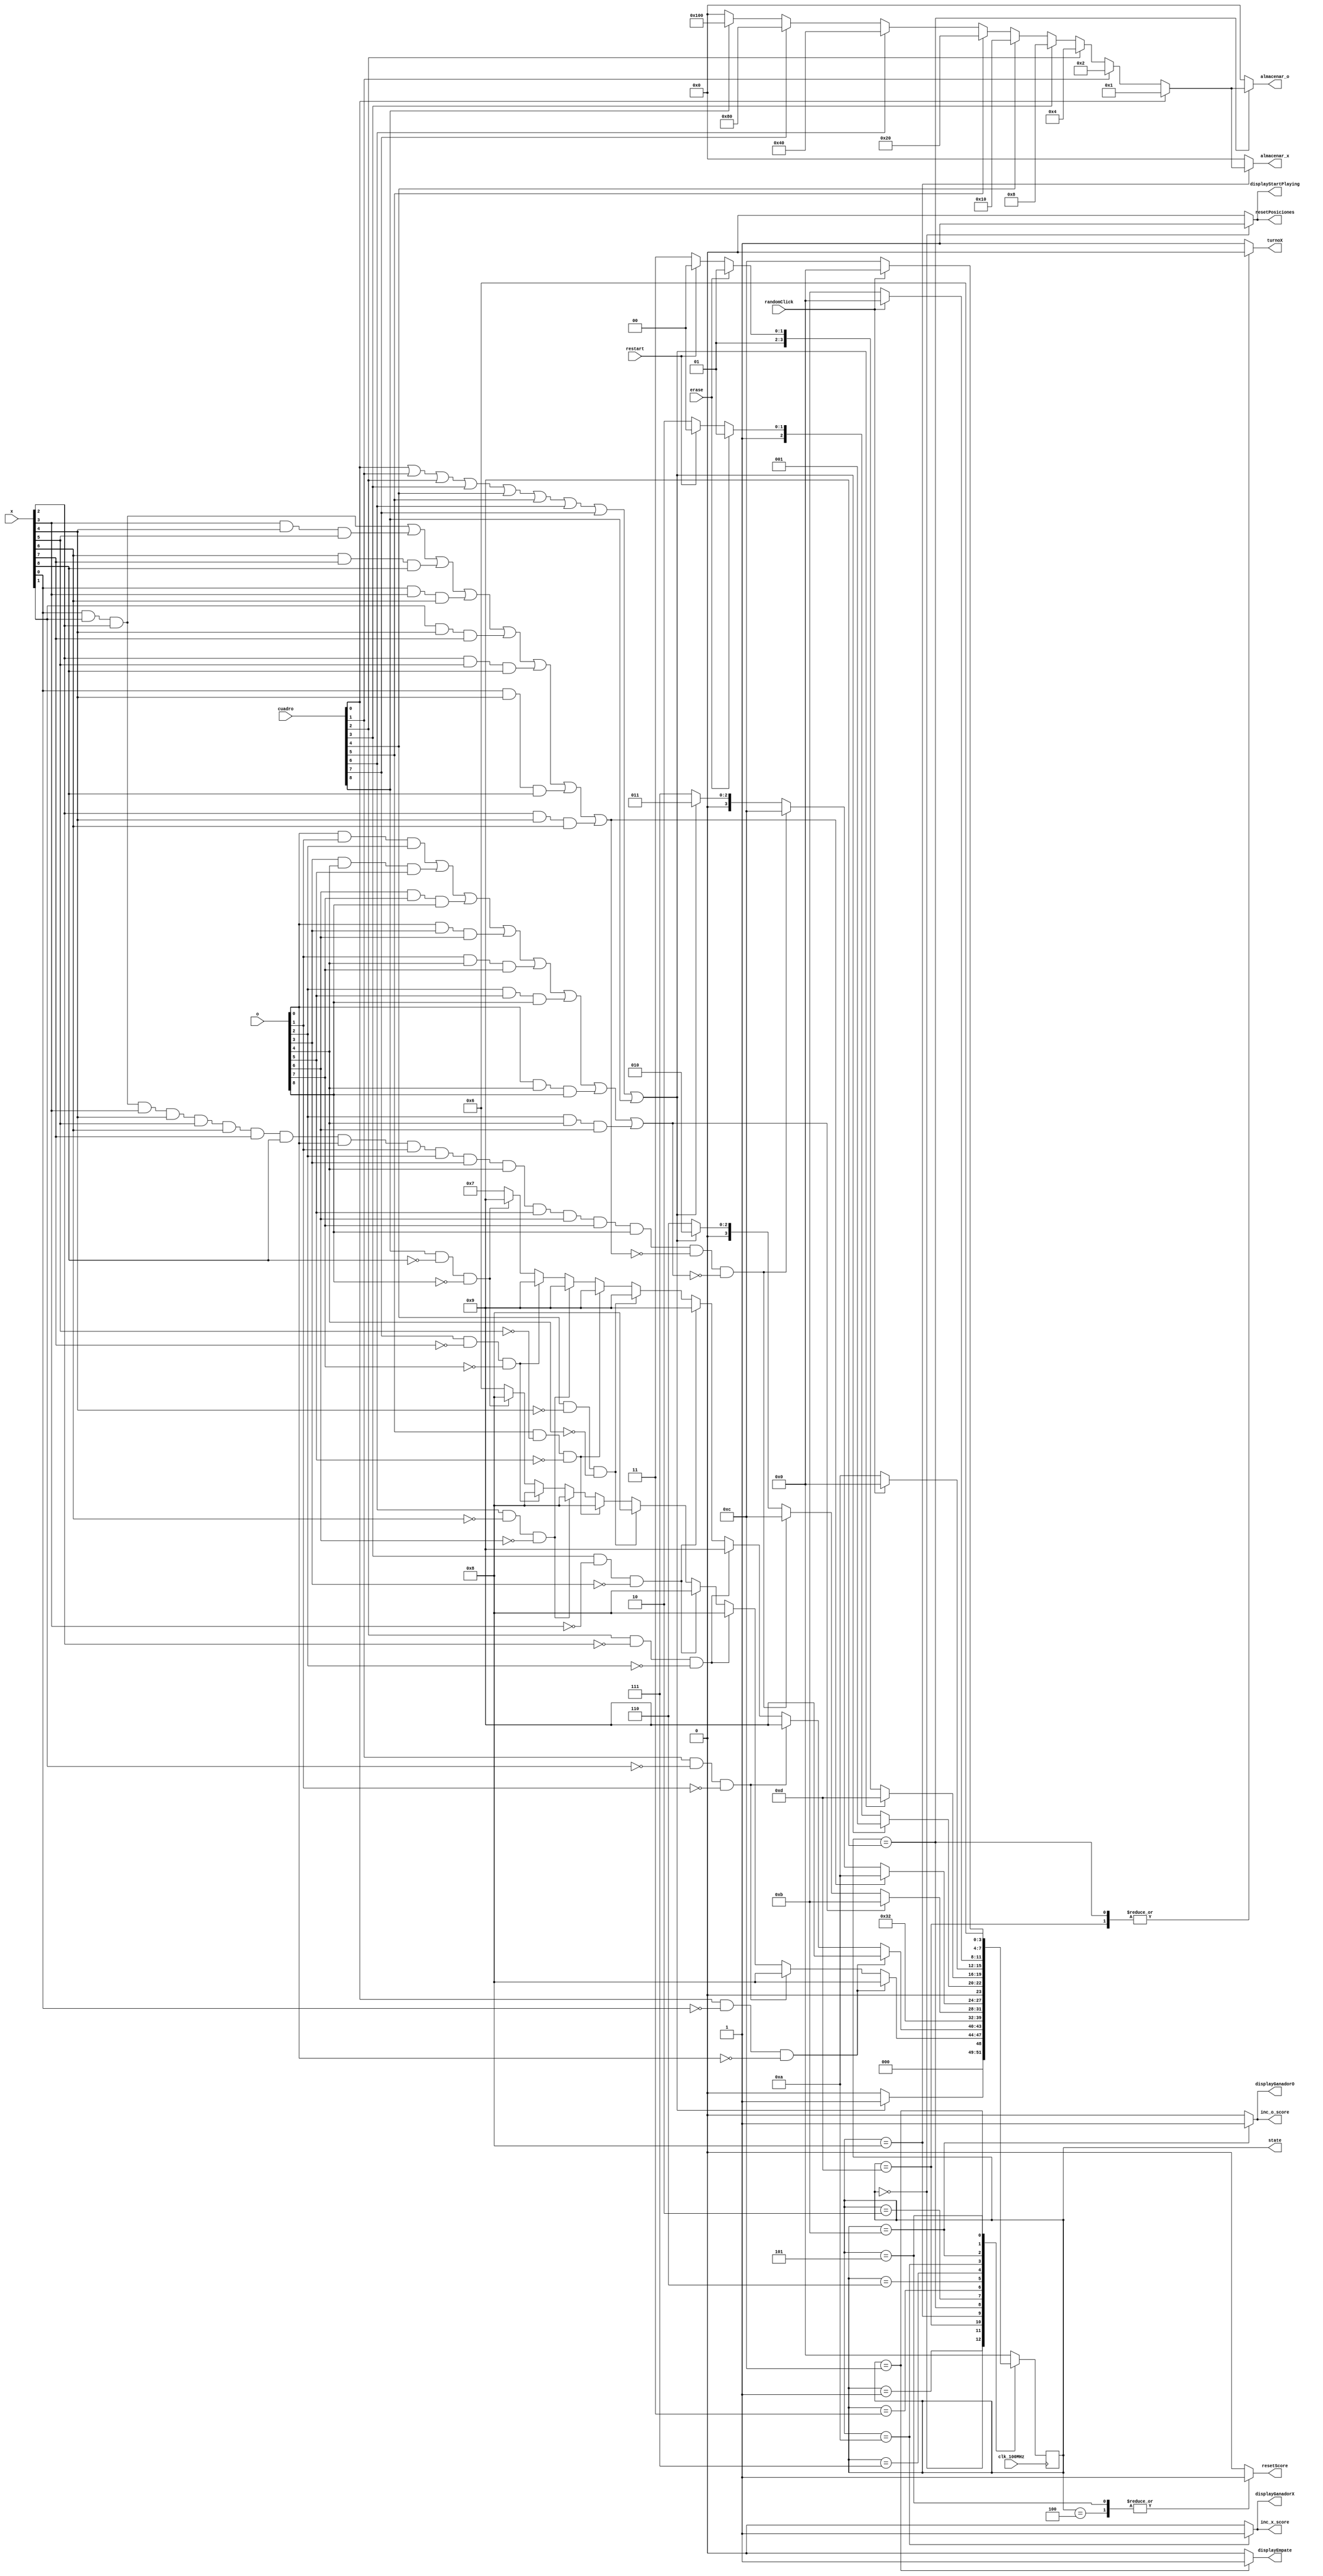
`timescale 1ns / 1ps
//////////////////////////////////////////////////////////////////////////////////
// Company: 
// Engineer: 
// 
// Design Name: 
// Module Name:    FinitStateMachine 
// Project Name: 
// Target Devices: 
// Tool versions: 
// Description: 
//
// Dependencies: 
//
// Revision: 
// Revision 0.01 - File Created
// Additional Comments: 
//
//////////////////////////////////////////////////////////////////////////////////
module EnigmaMachine(
		input clk_100MHz,        
		input [8:0]cuadro,
		input erase,
		input restart,  
		input randomClick,
		input [8:0]x,
		input [8:0]o,
		output reg [8:0]almacenar_x=0,
		output reg [8:0]almacenar_o=0,
		output reg resetScore=0,
		output reg inc_x_score=0,
		output reg inc_o_score=0, 
		output reg displayStartPlaying=0, 
		output reg displayGanadorX=0,
		output reg displayGanadorO=0,
		output reg displayEmpate=0,
		output reg turnoX = 1,
		output reg [3:0]state =0,
		output reg resetPosiciones
		
    );
	 
	
	 reg [3:0] nextState= 0;
	 //Estados disponibles de la maquina de estados con sus valores respectivos
	 localparam [3:0] inicio = 				4'b0000; //0
	 localparam [3:0] verposicion_x = 		4'b0001; //1
	 localparam [3:0] revisar_ganador_O = 	4'b0010; //2
	 localparam [3:0] revisar_ganador_X = 	4'b0011; //3
	 localparam [3:0] r = 						4'b0100; //4
	 localparam [3:0] e =						4'b0101; //5
	 localparam [3:0] retorno =			   4'b0110; //6
	 localparam [3:0] retorno2 =			   4'b0111; //7
	 localparam [3:0] asignar_x =			   4'b1000; //8
	 localparam [3:0] asignar_o =			   4'b1001; //9
	 localparam [3:0] ganador_x =			   4'b1010; //10
	 localparam [3:0] ganador_o =			   4'b1011; //11
	 localparam [3:0] empatando	 =			4'b1100; //12
	 localparam [3:0] verposicion_o = 		4'b1101; //13
	///condiciones
	//si hizo click en algun cuadrante
	wire click = cuadro[0]|cuadro[1]|cuadro[2]|cuadro[3]|cuadro[4]|
					cuadro[5]|cuadro[6]|cuadro[7]|cuadro[8];
	//gan jugador X
	wire GanoX= (x[0]&x[1]&x[2])|(x[3]&x[4]&x[5])|(x[6]&x[7]&x[8])|
					(x[0]&x[3]&x[6])|(x[1]&x[4]&x[7])|(x[2]&x[5]&x[8])|
					(x[0]&x[4]&x[8])|(x[2]&x[4]&x[6]);
	//gan jugador O				 
	wire GanoO= (o[0]&o[1]&o[2])|(o[3]&o[4]&o[5])|(o[6]&o[7]&o[8])|
					(o[0]&o[3]&o[6])|(o[1]&o[4]&o[7])|(o[2]&o[5]&o[8])|
					(o[0]&o[4]&o[8])|(o[2]&o[4]&o[6]);
	//revisa si hay empate				
	wire Empate = x[0]&x[1]&x[2]&x[3]&x[4]&x[5]&x[6]&x[7]&x[8]&
					  o[0]&o[1]&o[2]&o[3]&o[4]&o[5]&o[6]&o[7]&o[8]&
					  (~GanoX)&(~GanoO);
	

	
	always@(cuadro,restart,randomClick,click,Empate,GanoX,GanoO,turnoX,x,o,state,erase)
	begin
		case (state)
			inicio:
			begin
				resetPosiciones<=1;
				resetScore<=0;
				inc_x_score<=0;
				inc_o_score<=0;
				displayStartPlaying<=1;
				displayGanadorX<=0;
				displayGanadorO<=0;
				displayEmpate<=0;
				turnoX <= 1;
				
				if(click)	nextState<=verposicion_x;
				else			nextState<=inicio;
			end

			verposicion_x: //-------------------------------------------------
			begin
				resetPosiciones<=0;
				resetScore<=0;
				inc_x_score<=0;
				inc_o_score<=0;
				displayStartPlaying<=0;
				displayGanadorX<=0;
				displayGanadorO<=0;
				displayEmpate<=0;
				turnoX<=1;
				
					  if(cuadro[0] & ~x[0] & ~o[0] )	nextState<=asignar_x;
						
				else if(cuadro[1] &  ~x[1] & ~o[1] )		nextState<=asignar_x;			
						
				else if(cuadro[2] & ~x[2] & ~o[2]  )	nextState<=asignar_x;					
				
				else if(cuadro[3] & ~x[3] & ~o[3] )		nextState<=asignar_x;					
						
				else if(cuadro[4] & ~x[4] & ~o[4] )		nextState<=asignar_x;			
				
				else if(cuadro[5] & ~x[5] & ~o[5] )		nextState<=asignar_x;
					
				else if(cuadro[6] & ~x[6] & ~o[6] )		nextState<=asignar_x;			
								
				else if(cuadro[7] & ~x[7] & ~o[7] )		nextState<=asignar_x;
								
				else if(cuadro[8] & ~x[8] & ~o[8] )		nextState<=asignar_x;
			
				else 	nextState<= retorno;
			end
			verposicion_o: //-------------------------------------------------
			begin
				resetPosiciones<=0;
				resetScore<=0;
				inc_x_score<=0;
				inc_o_score<=0;
				displayStartPlaying<=0;
				displayGanadorX<=0;
				displayGanadorO<=0;
				displayEmpate<=0;
				turnoX<=0;
				
					
					  if(cuadro[0] & ~x[0] & ~o[0] ) nextState<=asignar_o;			
				else if(cuadro[1] & ~x[1] & ~o[1] )	nextState<=asignar_o;					
				else if(cuadro[2] & ~x[2] & ~o[2] )	nextState<=asignar_o;			
				else if(cuadro[3] & ~x[3] & ~o[3] )	nextState<=asignar_o;				
				else if(cuadro[4] & ~x[4] & ~o[4] )	nextState<=asignar_o;	
				else if(cuadro[5] & ~x[5] & ~o[5] )	nextState<=asignar_o;					
				else if(cuadro[6] & ~x[6] & ~o[6] )	nextState<=asignar_o;					
				else if(cuadro[7] & ~x[7] & ~o[7] )	nextState<=asignar_o;				
				else if(cuadro[8] & ~x[8] & ~o[8] )	nextState<=asignar_o;		
				else 	nextState<= retorno2;
			end
			asignar_x://--------------------
			begin
				resetPosiciones<=0;
				resetScore<=0;
				inc_x_score<=0;
				inc_o_score<=0;
				displayStartPlaying<=0;
				displayGanadorX<=0;
				displayGanadorO<=0;
				displayEmpate<=0;
				turnoX<=1;
		
				nextState<=revisar_ganador_X;
			
			end
			asignar_o://--------------------
			begin
				resetPosiciones<=0;
				resetScore<=0;
				inc_x_score<=0;
				inc_o_score<=0;
				displayStartPlaying<=0;
				displayGanadorX<=0;
				displayGanadorO<=0;
				displayEmpate<=0;
				turnoX<=0;
				
				
				nextState<=revisar_ganador_O;
			
			end
			revisar_ganador_O://--------2------------
			begin
				resetPosiciones<=0;
				resetScore<=0;
				inc_x_score<=0;
				inc_o_score<=0;
				displayStartPlaying<=0;
				displayGanadorX<=0;
				displayGanadorO<=0;
				displayEmpate<=0;
				turnoX <= 1;
				if(GanoO)			nextState<=ganador_o;
				else if(Empate)	nextState<=empatando;
				else if(~click)	nextState<=retorno;
				else					nextState<= revisar_ganador_O;
			
			end
			revisar_ganador_X://---------3-----------
			begin		
				resetPosiciones<=0;
				resetScore<=0;
				inc_x_score<=0;
				inc_o_score<=0;
				displayStartPlaying<=0;
				displayGanadorX<=0;
				displayGanadorO<=0;
				displayEmpate<=0;
				turnoX <= 1;
				if(GanoX)			nextState<=ganador_x;
				else if(Empate)	nextState<=empatando;
				else if(~click)	nextState<=retorno2;
				else					nextState<= revisar_ganador_X;
			end
				retorno: //-----------6------------------
			begin
				resetPosiciones<=0;
				resetScore<=0;
				inc_x_score<=0;
				inc_o_score<=0;
				displayStartPlaying<=0;
				displayGanadorX<=0;
				displayGanadorO<=0;
				displayEmpate<=0;
				turnoX <= 1;
				if(click)
					nextState<=verposicion_x;
				else if(erase)
					nextState<=e;
				else if (restart)
					nextState<= r;
				else
					nextState<=retorno;
			end
			retorno2: //-----------7------------------
			begin
				resetPosiciones<=0;
				resetScore<=0;
				inc_x_score<=0;
				inc_o_score<=0;
				displayStartPlaying<=0;
				displayGanadorX<=0;
				displayGanadorO<=0;
				displayEmpate<=0;
				turnoX <= 1;
				if(click)
					nextState<=verposicion_o;
				else if(erase)
					nextState<=e;
				else if (restart)
					nextState<= r;
				else
					nextState<=retorno2;
			end
			ganador_x://--------------------
			begin
				resetPosiciones<=0;
				resetScore<=0;
				inc_x_score<=1;
				inc_o_score<=0;
				displayStartPlaying<=0;
				displayGanadorX<=1;
				displayGanadorO<=0;
				displayEmpate<=0;
				turnoX <= 1;
				if(randomClick)	nextState<=inicio;
				else					nextState<=ganador_x;
			end
			ganador_o://--------------------
			begin
				resetPosiciones<=0;
				resetScore<=0;
				inc_x_score<=0;
				inc_o_score<=1;
				displayStartPlaying<=0;
				displayGanadorX<=0;
				displayGanadorO<=1;
				displayEmpate<=0;
				turnoX <= 1;
				resetPosiciones<=0;
				if(randomClick)	nextState<=inicio;
				else					nextState<=ganador_o;
			end
			empatando://--------------------
			begin
				resetPosiciones<=0;
				resetScore<=0;
				inc_x_score<=0;
				inc_o_score<=0;
				displayStartPlaying<=0;
				displayGanadorX<=0;
				displayGanadorO<=0;
				displayEmpate<=1;
				turnoX<=1;
				
				if(randomClick)	nextState<=inicio;
				else					nextState<=empatando;
			end
			r://------------------------------------
			begin
				resetPosiciones<=0;
				resetScore<=1;
				inc_x_score<=0;
				inc_o_score<=0;
				displayStartPlaying<=0;
				displayGanadorX<=0;
				displayGanadorO<=0;
				displayEmpate<=0;
				turnoX <= 1;
				
				nextState<= inicio;
				
			end
			e://------------------------------------
			begin
				resetPosiciones<=0;
				resetScore<=1;
				inc_x_score<=0;
				inc_o_score<=0;
				displayStartPlaying<=0;
				displayGanadorX<=0;
				displayGanadorO<=0;
				displayEmpate<=0;
				turnoX<=1;
			
				nextState<=retorno;		
			end
		
			default://------------------------------
			begin
				resetPosiciones<=0;
				resetScore<=0;
				inc_x_score<=0;
				inc_o_score<=0;
				displayStartPlaying<=0;
				displayGanadorX<=0;
				displayGanadorO<=0;
				displayEmpate<=0;
				turnoX<=1;
				
				nextState<=inicio;
			end
				
		
		endcase
	end
	
always @(posedge clk_100MHz )
	state<= nextState;




always@(cuadro,restart,randomClick,click,Empate,GanoX,GanoO,turnoX,x,o,state,erase)
	begin
		case (state)
			inicio:
			begin
				almacenar_x<=9'b0;
				almacenar_o<=9'b0;
			end

			verposicion_x: //-------------------------------------------------
			begin
				almacenar_x<=9'b0;
				almacenar_o<=9'b0;
		
			end
			verposicion_o: //-------------------------------------------------
			begin
				almacenar_x<=9'b0;
				almacenar_o<=9'b0;
		
			end
			asignar_x://--------------------
			begin
				almacenar_o<= 9'b000000000;	
				if(cuadro[0])			almacenar_x<= 9'b000000001;
				else if(cuadro[1]) 	almacenar_x<= 9'b000000010;
				else if(cuadro[2])	almacenar_x<= 9'b000000100;	
				else if(cuadro[3])	almacenar_x<= 9'b000001000;
				else if(cuadro[4])	almacenar_x<= 9'b000010000;
				else if(cuadro[5])	almacenar_x<= 9'b000100000; 
				else if(cuadro[6])	almacenar_x<= 9'b001000000;
				else if(cuadro[7])	almacenar_x<= 9'b010000000;
				else if(cuadro[8])	almacenar_x<= 9'b100000000;
				else                 almacenar_x<= 9'b000000000;	
				
			end
			asignar_o://--------------------
			begin
				almacenar_x<= 9'b000000000;	
				if(cuadro[0])			almacenar_o<= 9'b000000001;
				else if(cuadro[1]) 	almacenar_o<= 9'b000000010;
				else if(cuadro[2])	almacenar_o<= 9'b000000100;	
				else if(cuadro[3])	almacenar_o<= 9'b000001000;
				else if(cuadro[4])	almacenar_o<= 9'b000010000;
				else if(cuadro[5])	almacenar_o<= 9'b000100000; 
				else if(cuadro[6])	almacenar_o<= 9'b001000000;
				else if(cuadro[7])	almacenar_o<= 9'b010000000;
				else if(cuadro[8])	almacenar_o<= 9'b100000000;
				else                 almacenar_o<= 9'b000000000;		
			end
			revisar_ganador_O://--------2------------
			begin
				almacenar_x<=9'b0;
				almacenar_o<=9'b0;

				
			
			end
			revisar_ganador_X://---------3-----------
			begin	
				almacenar_x<=9'b0;
				almacenar_o<=9'b0;

				
			end
			
			ganador_x://--------------------
			begin
				almacenar_x<=9'b0;
				almacenar_o<=9'b0;

				
			end
			ganador_o://--------------------
			begin
				almacenar_x<=9'b0;
				almacenar_o<=9'b0;

				
			end
			empatando://--------------------
			begin
				almacenar_x<=9'b0;
				almacenar_o<=9'b0;

				
			end
			r://------------------------------------
			begin
				almacenar_x<=9'b0;
				almacenar_o<=9'b0;

				
				
			end
			e://------------------------------------
			begin
				almacenar_x<=9'b0;
				almacenar_o<=9'b0;

			
			end
			retorno: //-----------6------------------
			begin
				almacenar_x<=9'b0;
				almacenar_o<=9'b0;

				
			end
			retorno2: //-----------7------------------
			begin
				almacenar_x<=9'b0;
				almacenar_o<=9'b0;

				
			end
			default://------------------------------
			begin
				almacenar_x<=9'b0;
				almacenar_o<=9'b0;

				
			end 
				
		
		endcase
	end
endmodule